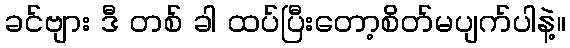
ခင်ဗျား ဒီ တစ် ခါ ထပ်ပြီးတော့စိတ်မပျက်ပါနဲ့။